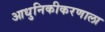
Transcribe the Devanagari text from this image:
आधुनिकीकरणाला